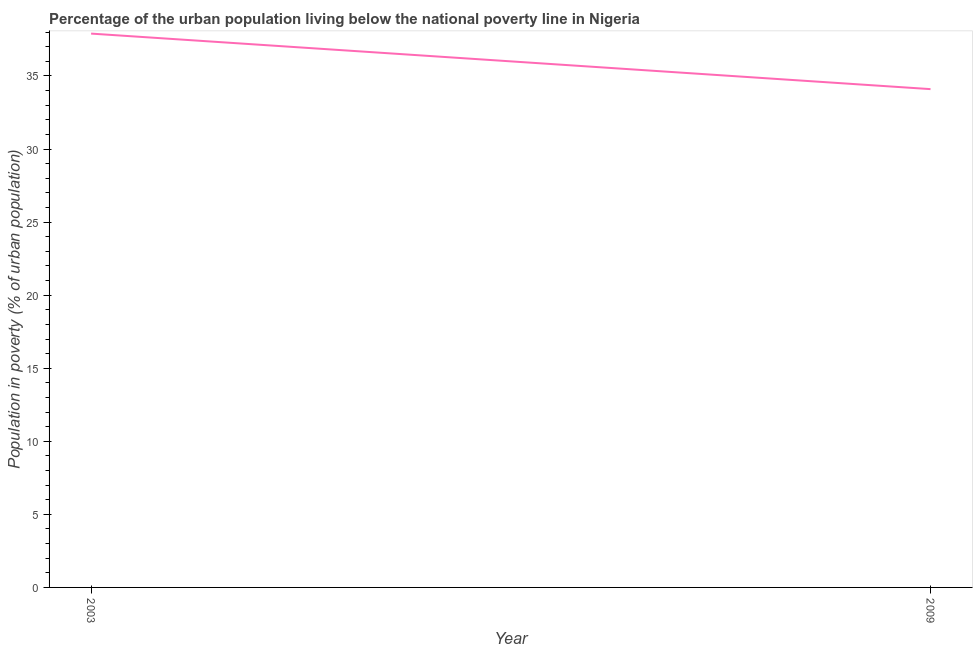
| Year | Urban poverty headcount ratio |
 | --- | --- |
 | 2003 | 37.9 |
 | 2009 | 34.1 |